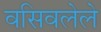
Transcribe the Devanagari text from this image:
वसिवलेले